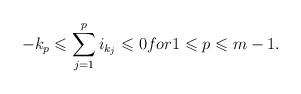
LaTeX: \begin{align*} -k_{p} \leqslant \sum_{j=1}^{p} i_{k_{j}} \leqslant 0 for 1 \leqslant p \leqslant m-1. \end{align*}